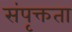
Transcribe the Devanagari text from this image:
संपृक्तता